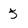
Character: 5